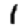
Digit: 1